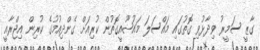
ގާޒީ ސަމީރު ވިދާޅުވި ގޮތުގައި މައްސަލަ މައުޟޫއީގޮތުން ކުރިއަށް ގެންދިއުމުގެ ކުރިން އިޖްރާއީ